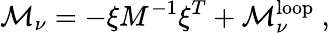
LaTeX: {\cal M}_{\nu}=-\xi M^{-1}\xi^{T}+{\cal M}_{\nu}^{\mathrm{loop}}\ ,